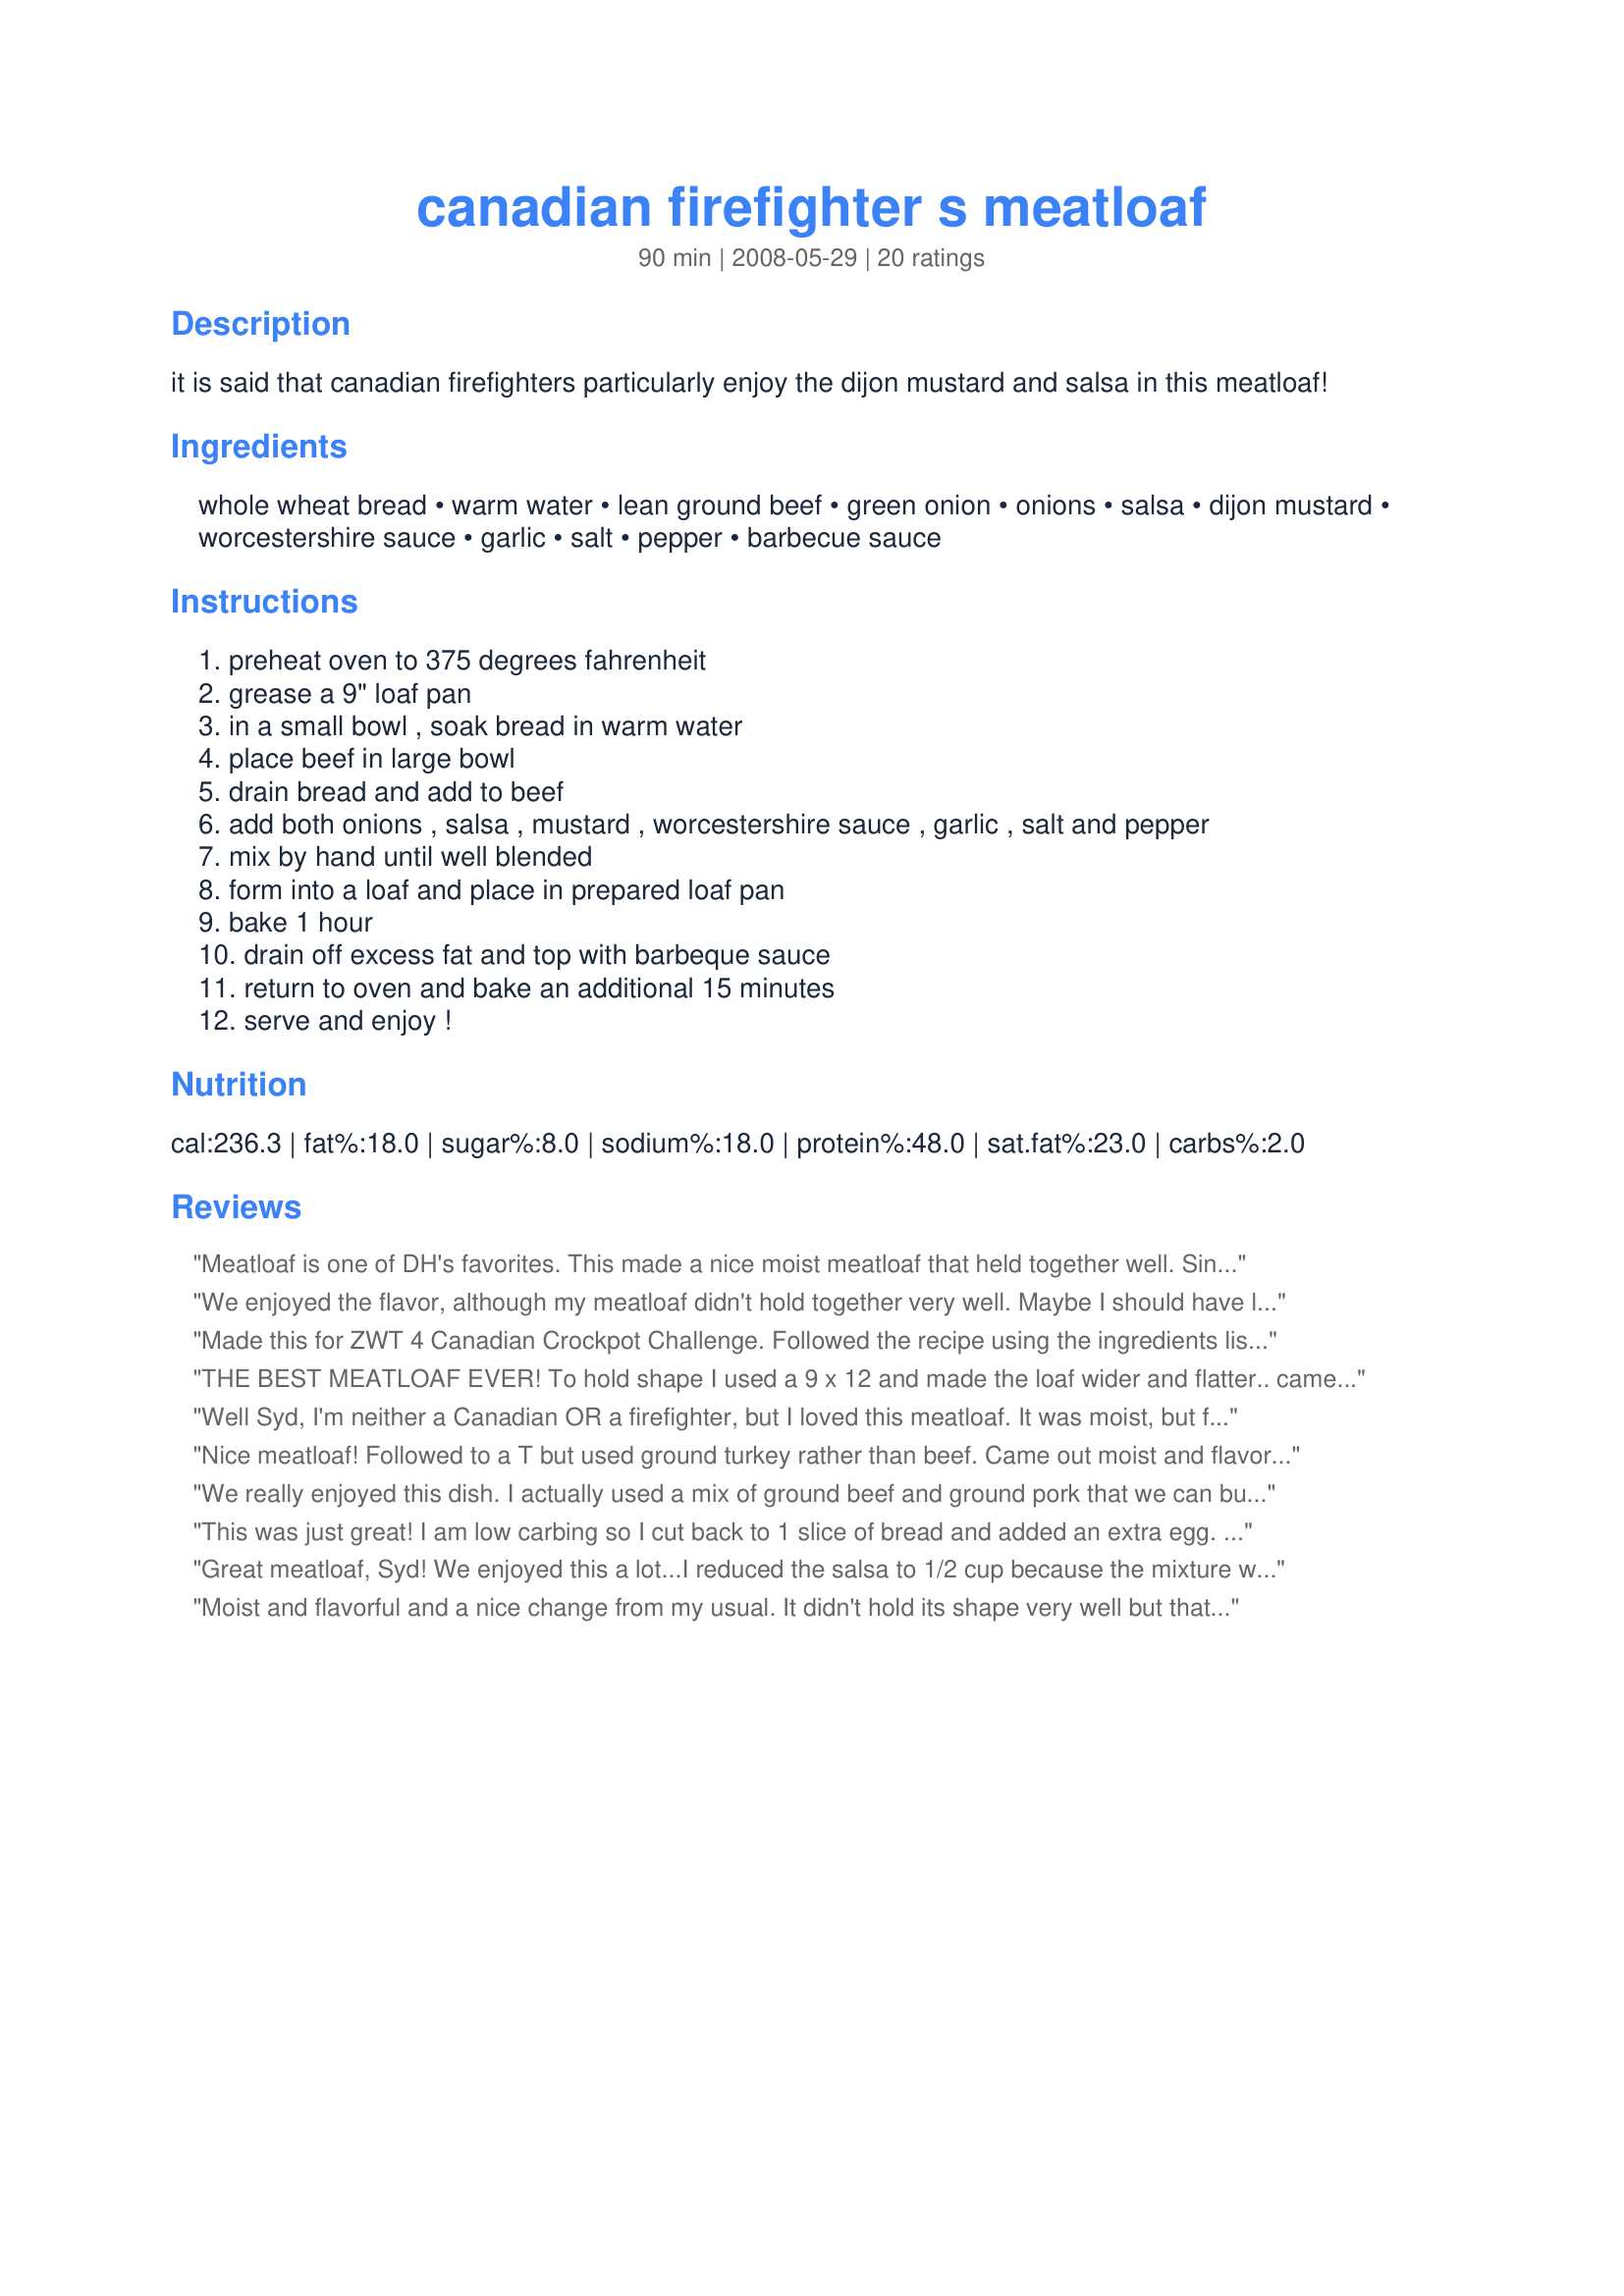
canadian firefighter s meatloaf
Preparation time: 90 minutes

it is said that canadian firefighters particularly enjoy the dijon mustard and salsa in this meatloaf!

Ingredients:
whole wheat bread, warm water, lean ground beef, green onion, onions, salsa, dijon mustard, worcestershire sauce, garlic, salt, pepper, barbecue sauce

Steps:
preheat oven to 375 degrees fahrenheit
grease a 9" loaf pan
in a small bowl , soak bread in warm water
place beef in large bowl
drain bread and add to beef
add both onions , salsa , mustard , worcestershire sauce , garlic , salt and pepper
mix by hand until well blended
form into a loaf and place in prepared loaf pan
bake 1 hour
drain off excess fat and top with barbeque sauce
return to oven and bake an additional 15 minutes
serve and enjoy !

Reviews:
Meatloaf is one of DH's favorites. This made a nice moist meatloaf that held together well. Since I cook for 2, I did prepare the full recipe using ground white meat turkey but made them in mini loaf pans. The full recipe made 5 mini meatloaves which is perfect for 2. The leftovers were wrapped in foil and will be frozen for a another time. The mini loaves were cooked in 30 minutes plus an additional 5 after adding the barbecue sauce. This was served with Recipe #78938 and recipe #191122. Made for *Aussie Swap*
We enjoyed the flavor, although my meatloaf didn't hold together very well. Maybe I should have let it sit for a while. I did notice that there wasn't any egg added to the ingredients to bind them. So I guess the salsa was to do that. I use the same bread in water technique when I make German hamburgers. Overall a great dish. Thanks for posting. :)
Made this for ZWT 4 Canadian Crockpot Challenge. Followed the recipe using the ingredients listed. Directions for cooking changed. I cooked the meatloaf in a crockpot. I lined the crockpot with foil and shaped the meatloaf to fit the shape of the crockpot. Cooked it on High for 4 hours. The meatloaf came out moist and very flavorful. My family enjoyed it. Thank You.

For The Mamma Mias!
THE BEST MEATLOAF EVER! To hold shape I used a 9 x 12 and made the loaf wider and flatter.. came out great!
Well Syd, I'm neither a Canadian OR a firefighter, but I loved this meatloaf. It was moist, but firm to cut and the flavour was great. I can't wait for cold leftovers for my lunch tomorrow. Thanks for posting.
Nice meatloaf! Followed to a T but used ground turkey rather than beef. Came out moist and flavorful!
We really enjoyed this dish. I actually used a mix of ground beef and ground pork that we can buy here just to save on the calories a bit. The salsa was really a great edition. My son is a bit salsa phobic (he's 8) so I pureed it real smooth. He ate it right up. Thanks Sidney Mike.
This was just great! I am low carbing so I cut back to 1 slice of bread and added an extra egg. I also used dehydrated onions because I was in a hurry.

After letting it stand for 20 minutes it sliced very nicely and held together just fine!

Thanks Sydney Mike...from Toronto Vi!
Great meatloaf, Syd! We enjoyed this a lot...I reduced the salsa to 1/2 cup because the mixture was quite wet, but the taste was fabulous! I followed this exactly except for the reduction of salsa. I always put an extra piece of bread under the meatloaf (on the bottom of the baking dish) to catch the extra fat. Thanks Syd for making our Saturday lunch spectacular!
Moist and flavorful and a nice change from my usual. It didn't hold its shape very well but that could have been caused by any number of things. We all enjoyed the taste and I probably will make this again. TFS! Made for ZWT4.
This is the best meat loaf recipe we&#039;ve eaten. A few changes due to availability. Mince was around 680gm, sauce topper was ketchup, salsa was replaced with 200gm hot taco sauce and I added two eggs (due to the reduced meat amount). YUM! Served with mash and corn cobs. Thanks Sydney Mike.
Very good meatloaf. I used a ciabatta bread instead of whole-wheat. We liked the bbq sauce on top. It added so much flavor. And the salsa is a great addition. Thanks Sydney Mike :) Made for Holiday tag game
I am no firefighter, but I am a Canadian and I loved this meatloaf! The taste was terrific and it was very moist and easy to make. We had this with broccoli and cheese and corn casserole. I made half of this for 4 of use, but I think I should have made the full amount! Made for Went to the Market tag. Thanks Syndney Mike! :)
Never made meatloaf before, I am glad I did now! This is an absolutely delicious meatloaf, VERY moist and full of flavour. But the only problem I had was it didn't hold it's shape, but we loved it anyway! For the barbecue sauce I used Cuistot's Recipe #309752. I served it with Cookin-jo's Recipe #302751 and Axe's Recipe #183500. Thank you, Syd, for sharing this wonderful recipe! :)
This was a really nice moist meatloaf, I loved the smokiness the BBQ sauce & salsa gave it. I served with mashed potatoes & tomato chutney. Thanks Syd!
This was a yummy meatloaf! Very moist, lots of flavor and the BBQ sauce on top was a nice addition. Those Canadian firefighters really know their meatloaf - thanks for sharing this recipe!
Rarely make meatloaf - but how can one not make a Canadian Firefighter's Meatloaf for the Canadian Tour - especially since our firefighters are noted for their cooking! Made as posted and no changes needed for this one - it is one of the best meat loaves I have tasted!
DH will eat my meatloaf but it is not one of his favorites. He loved this meatloaf and asked that I only make this recipe from now on. I did not soak the bread and used ground round. The meatloaf has nice bolder flavors and the barbecue sauce topping adds a smoky flavor. Served with garlic mashed potatoes and creamed peas. Thank you hon for a great new meatloaf recipe! Made and reviewed for ZWT 4.
I can't talk for any Canadian firefighters, but we thought that this meatloaf was awesome!<br/>Like Teresa, mine didn't hold together too well, but who cares, it tasted wonderful, and the entire family ( especially the 6 and 4 year olds) virtually inhaled it, and told me that I could make it again!!<br/>Easy to prepare with wonderful flavours..we loved it!<br/>A definite keeper for me.<br/>Made as a big THANK YOU for Syd for being the HOST WITH THE MOST in PRMR..x
Excellent for a good fill up
